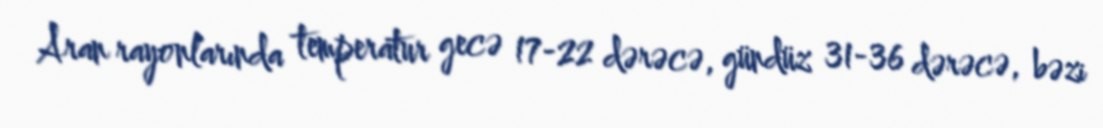
Aran rayonlarında temperatur gecə 17-22 dərəcə, gündüz 31-36 dərəcə, bəzi